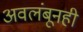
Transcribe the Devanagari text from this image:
अवलंबूनही